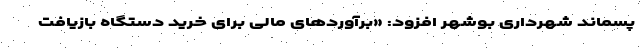
پسماند شهرداری بوشهر افزود: «برآوردهای مالی برای خرید دستگاه‌ بازیافت